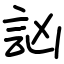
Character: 訩